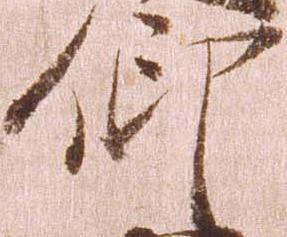
仰